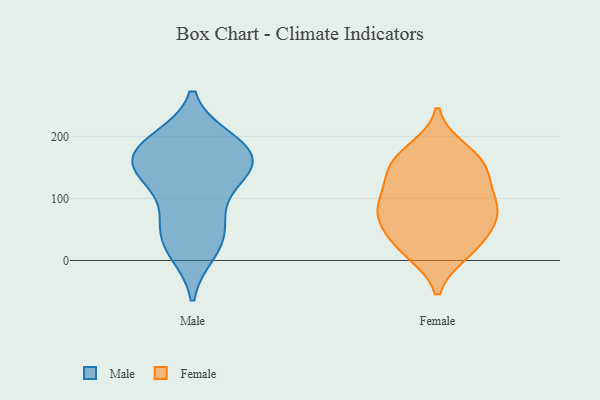
{"axis": {"x": "Conversion Rate (%)", "y": "Value"}, "legend": ["Female", "Male"], "data": [{"x": "", "y": 148, "type": "Male"}, {"x": "", "y": 119, "type": "Male"}, {"x": "", "y": 14, "type": "Male"}, {"x": "", "y": 159, "type": "Male"}, {"x": "", "y": 194, "type": "Male"}, {"x": "", "y": 182, "type": "Male"}, {"x": "", "y": 18, "type": "Male"}, {"x": "", "y": 156, "type": "Male"}, {"x": "", "y": 56, "type": "Male"}, {"x": "", "y": 139, "type": "Male"}, {"x": "", "y": 150, "type": "Male"}, {"x": "", "y": 73, "type": "Male"}, {"x": "", "y": 181, "type": "Male"}, {"x": "", "y": 193, "type": "Male"}, {"x": "", "y": 46, "type": "Male"}, {"x": "", "y": 178, "type": "Female"}, {"x": "", "y": 91, "type": "Female"}, {"x": "", "y": 42, "type": "Female"}, {"x": "", "y": 85, "type": "Female"}, {"x": "", "y": 154, "type": "Female"}, {"x": "", "y": 124, "type": "Female"}, {"x": "", "y": 157, "type": "Female"}, {"x": "", "y": 74, "type": "Female"}, {"x": "", "y": 71, "type": "Female"}, {"x": "", "y": 163, "type": "Female"}, {"x": "", "y": 13, "type": "Female"}, {"x": "", "y": 126, "type": "Female"}, {"x": "", "y": 34, "type": "Female"}, {"x": "", "y": 81, "type": "Female"}, {"x": "", "y": 13, "type": "Female"}]}